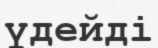
үдейді